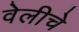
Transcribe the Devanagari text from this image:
वेलीचे